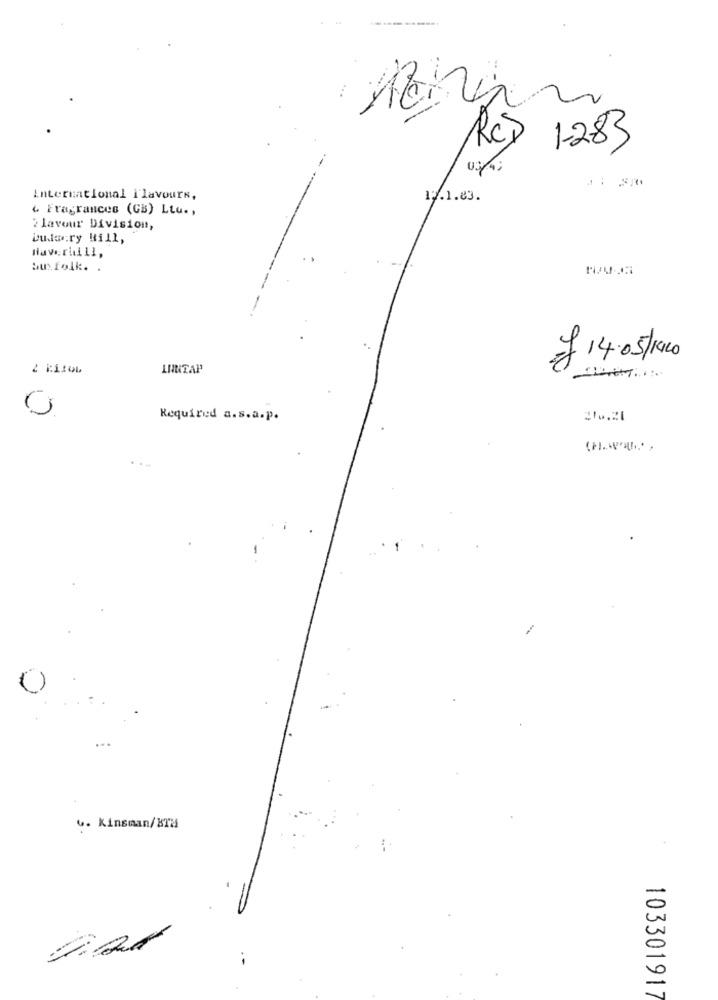
Rc) 1-283
International Flavours,
12.1.83.
& Fragrances (GB) Ltu .,
2lavour Division,
budaery Hill,
Haverhill,
bufolk. .
£ 14.05/120
LUNTAP
Required a.s.a.p.
v. Kinsman/BT
103301917